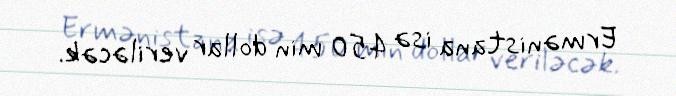
Ermənistana isə 450 min dollar veriləcək.